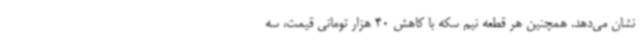
نشان می‌دهد. همچنین هر قطعه نیم سکه با کاهش 40 هزار تومانی قیمت، سه